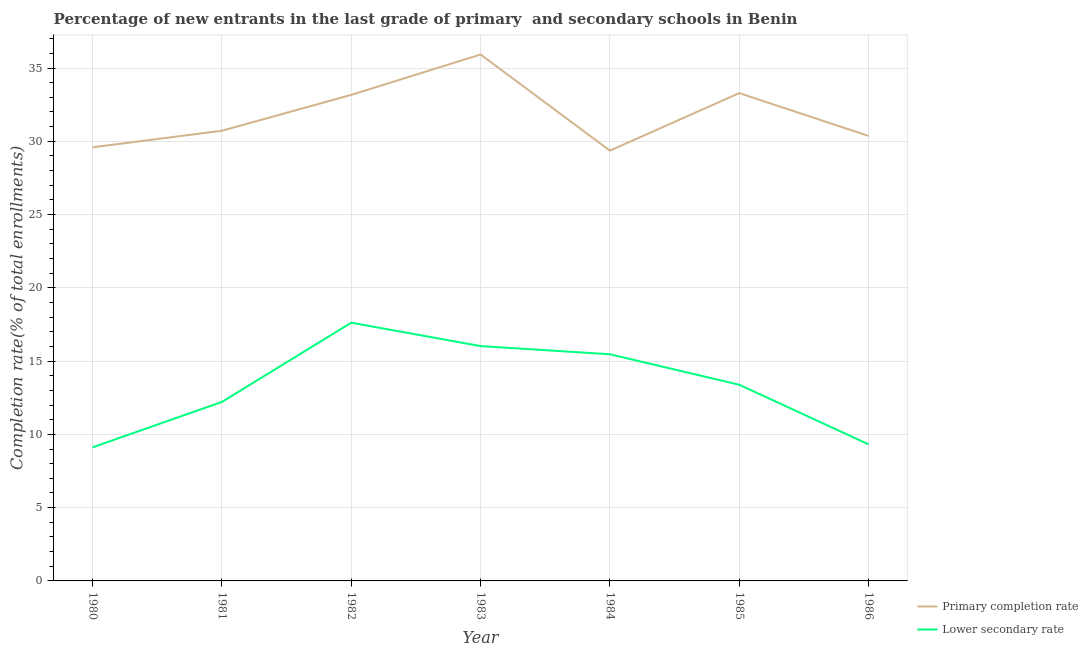
| Year | Primary completion rate | Lower secondary rate |
 | --- | --- | --- |
 | 1980 | 29.6 | 9.12 |
 | 1981 | 30.7 | 12.2 |
 | 1982 | 33.2 | 17.6 |
 | 1983 | 35.9 | 16 |
 | 1984 | 29.4 | 15.5 |
 | 1985 | 33.3 | 13.4 |
 | 1986 | 30.4 | 9.32 |